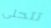
تتحلى